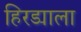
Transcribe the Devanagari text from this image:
हिरड्याला